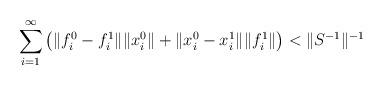
LaTeX: \begin{align*}\sum_{i = 1}^\infty \left(\|f_i^0 - f_i^1\|\|x_i^0\| + \|x_i^0 - x_i^1\|\|f_i^1\|\right) < \|S^{-1}\|^{-1}\end{align*}